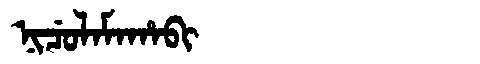
Manchu: ᠨᡳᠴᡠᠯᠠᠮᠠᡥᠠᠪᡳ
Romanization: NICULAMAHABI